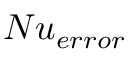
N u _ { e r r o r } \